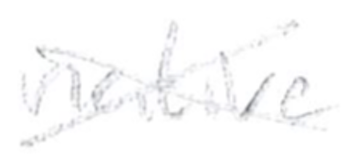
Text: native
Cross-out: cross
Writing tool: pencil